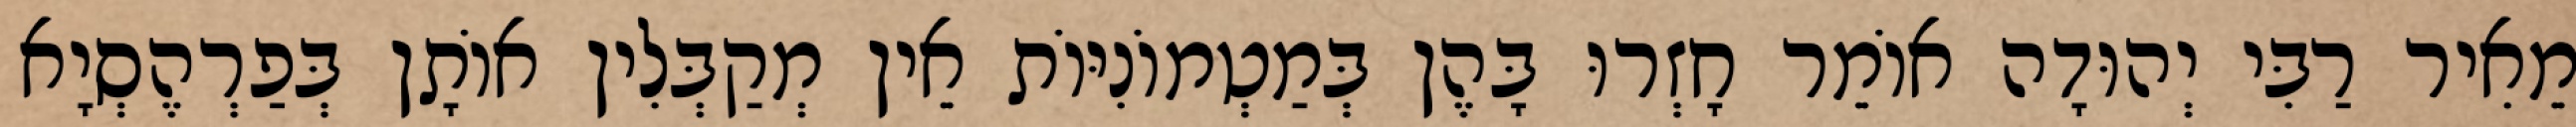
מֵאִיר רַבִּי יְהוּדָה אוֹמֵר חָזְרוּ בָּהֶן בְּמַטְמוֹנִיּוֹת אֵין מְקַבְּלִין אוֹתָן בְּפַרְהֶסְיָא